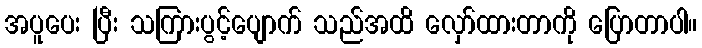
အပူပေး ပြီး သကြားပွင့်ပျောက် သည်အထိ လှော်ထားတာကို ပြောတာပါ။